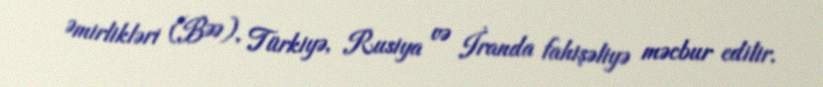
Əmirlikləri (BƏƏ), Türkiyə, Rusiya və İranda fahişəliyə məcbur edilir.